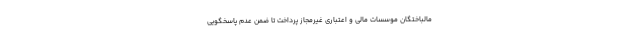
مالباختگان موسسات مالی و اعتباری غیرمجاز پرداخت تا ضمن عدم پاسخگویی